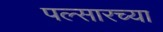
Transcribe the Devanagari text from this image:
पल्सारच्या